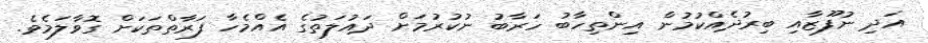
އަދި ނުފޫޒާއި ބިރުދެއްކުމުން އިންތިހާބު ހަރާބު ނުކުރުމަށް ދައުލަތުގެ އެއްމެހާ ފަރާތްތަކަށް ގޮވާލަމެވެ.